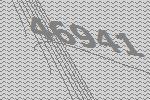
46941